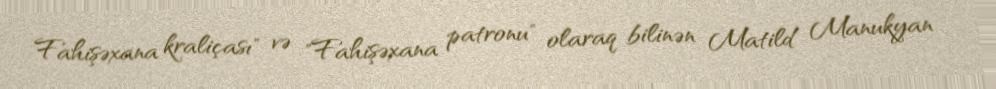
Fahişəxana kraliçası" və "Fahişəxana patronu" olaraq bilinən Matild Manukyan